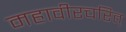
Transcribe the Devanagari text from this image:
महावीरचरित्